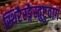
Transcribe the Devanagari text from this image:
स्थिरैरङ्गैस्तुष्टुवागं